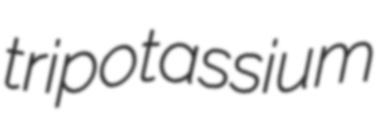
tripotassium